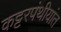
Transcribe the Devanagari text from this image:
कट्टरपंथीयांत